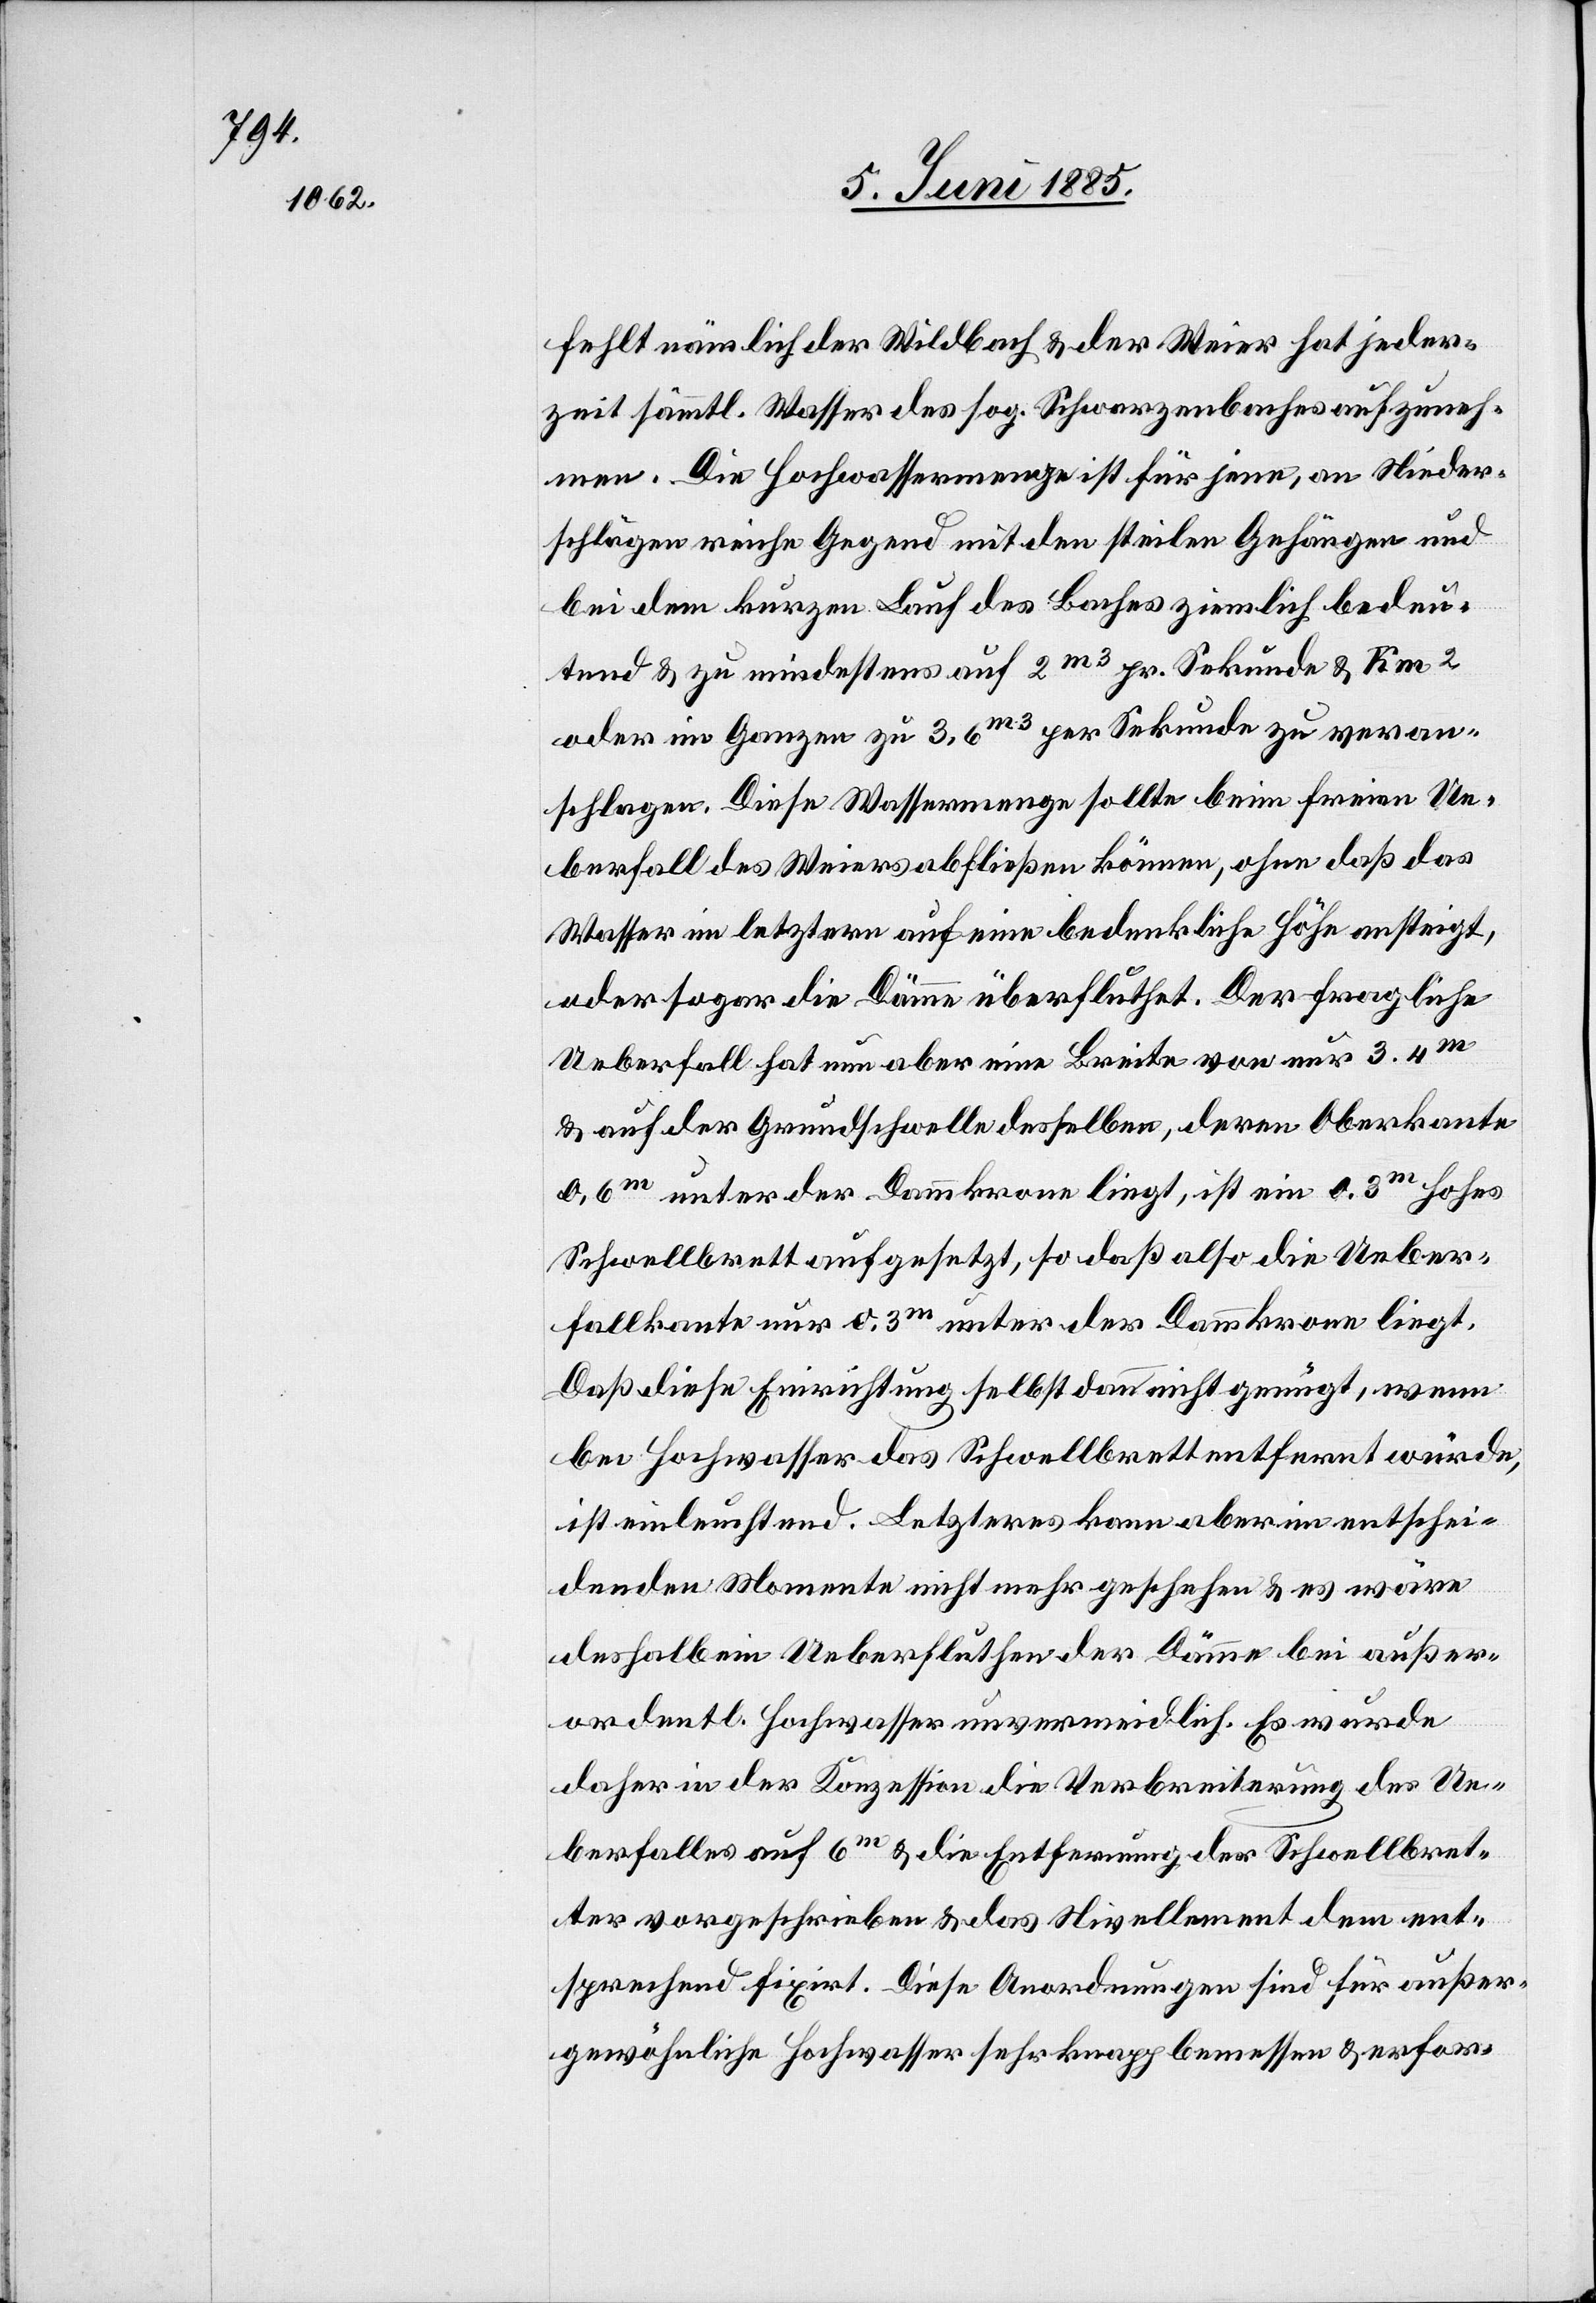
fehlt nämlich der Wildbach & der Weier hat jeder¬
zeit sämmtl. Wasser des sog. Schwarzenbaches aufzuneh¬
men. Die Hochwassermenge ist für jene, an Nieder¬
schlägen reiche Gegend mit den steilen Gehängen und
bei dem kurzen Lauf des Baches ziemlich bedeu¬
tend & zu mindestens auf 2 m3 pr. Sekunde zu veran¬
schlagen. Diese Wassermenge sollte beim freien Ue¬
berfall des Weiers abfließen können, ohne daß das
Wasser im letztern auf eine bedenkliche Höhe ansteigt,
oder sogar die Dämme überfluthet. Der fragliche
Uebrfall hat nun aber eine Breite von nur 3,4
& auf der Grundschwelle desselben, deren Oberkante
0,6 m unter der Dammkrone liegt, ist ein 0,3 m hohes
Schwellbrett aufgesetzt, so daß also die Ueber¬
fallkante nur 0,3 m unter der Dammkrone liegt.
Daß diese Einrichtung selbst dann nicht genügt, wenn
bei Hochwasser das Schwellbrett entfernt würde,
ist einleuchtend. Letzteres kann aber im entschei¬
denden Momente nicht mehr geschehen & es wäre
deshalb ein Ueberfluthen der Dämme bei außer¬
ordentl. Hochwasser unvermeidlich. Es wurde
daher in der Konzession die Verbreiterung des Ue¬
berfalles auf 6 m & die Entfernung der Schwellbret¬
ter vorgeschrieben & das Nivellement dem ent¬
sprechend fixirt. Diese Anordnungen sind für außer¬
gewöhnliche Hochwasser sehr knapp bemessen & erfor-